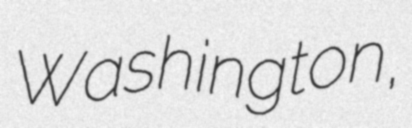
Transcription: Washington,